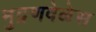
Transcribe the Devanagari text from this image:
मुद्रणवेळेस